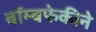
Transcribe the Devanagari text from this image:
बॉम्बफेकीने